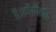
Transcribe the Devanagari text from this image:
है।कौषीतकि